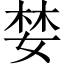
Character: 婪